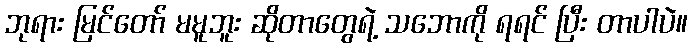
ဘုရား မြင်တော် မမူဘူး ဆိုတာတွေရဲ့ သဘောကို ရရင် ပြီး တာပါပဲ။